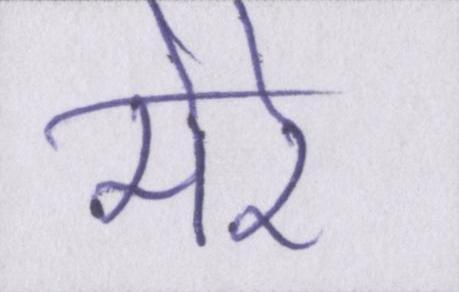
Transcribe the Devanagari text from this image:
मेरे